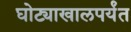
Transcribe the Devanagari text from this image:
घोट्याखालपर्यंत